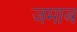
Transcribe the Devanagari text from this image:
जमाब